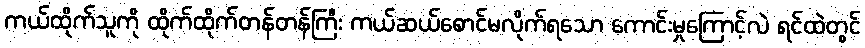
ကယ်ထိုက်သူကို ထိုက်ထိုက်တန်တန်ကြီး ကယ်ဆယ်စောင်မလိုက်ရသော ကောင်းမှုကြောင့်လဲ ရင်ထဲတွင်